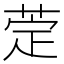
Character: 萣